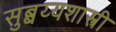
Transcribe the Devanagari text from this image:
सुब्बय्यशास्त्री